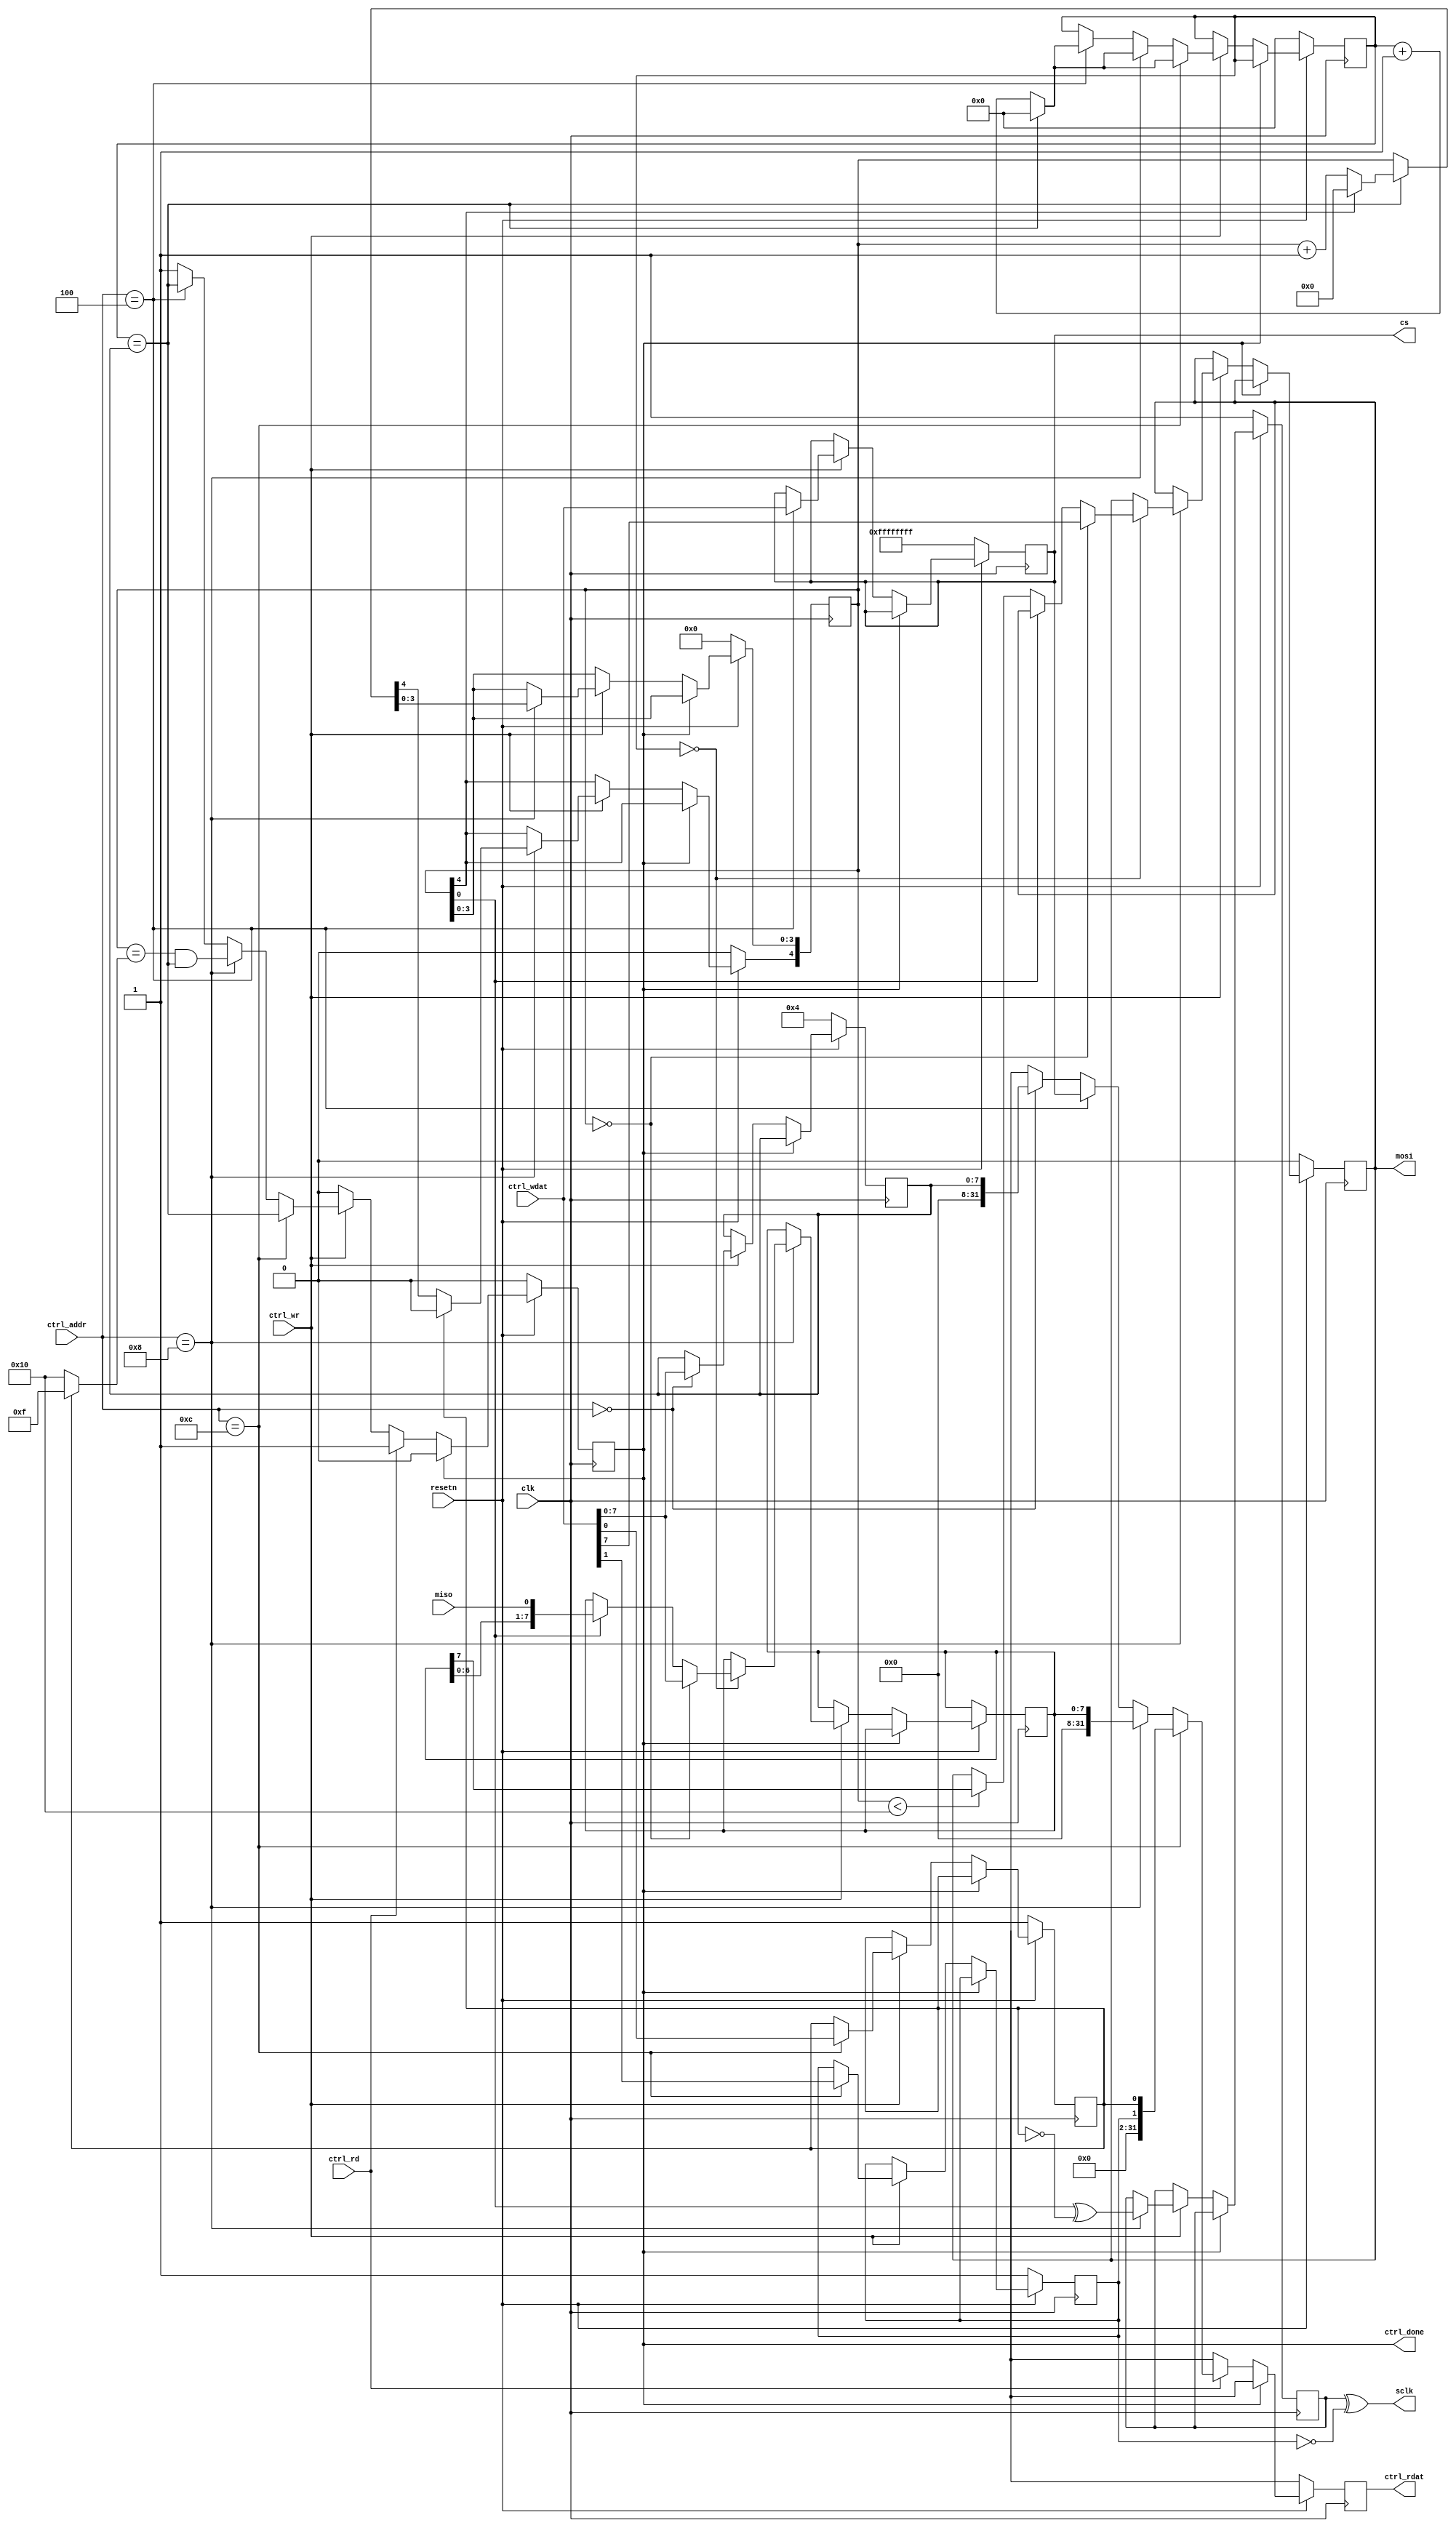
module spi_11 #(
	parameter integer CLOCK_FREQ_HZ = 0,
	parameter integer CS_LENGTH = 32
) (
	input clk,
	input resetn,
	input ctrl_wr,
	input ctrl_rd,
	input [ 7:0] ctrl_addr,
	input [31:0] ctrl_wdat,
	output reg [31:0] ctrl_rdat,
	output reg ctrl_done,
	output [CS_LENGTH-1:0] cs,
   output mosi,
   input miso,
   output sclk
);
	wire spi_miso;
	reg spi_mosi, spi_sclk;
	reg [CS_LENGTH-1:0] spi_cs;
	reg mode_cpol;
	reg mode_cpha;
	reg [7:0] prescale_cnt;
	reg [7:0] prescale_cfg;
	reg [7:0] spi_data;
	reg [4:0] spi_state;
        assign sclk = spi_sclk ^ ~mode_cpol;
        assign cs = spi_cs;
        assign spi_miso = miso;
		  assign mosi = spi_mosi;
	always @(posedge clk) begin
		ctrl_rdat <= 'bx;
		ctrl_done <= 0;
		if (!resetn) begin
			spi_mosi <= 0;
			spi_sclk <= 1;
			spi_cs <= ~0;
			mode_cpol <= 1;
			mode_cpha <= 1;
			prescale_cnt <= 0;
			prescale_cfg <= 4;
			spi_state <= 0;
		end else
		if (!ctrl_done) begin
			if (ctrl_wr) begin
				ctrl_done <= 1;
				if (ctrl_addr == 'h00) prescale_cfg <= ctrl_wdat;
				if (ctrl_addr == 'h04) begin
					spi_cs <= ctrl_wdat;
					ctrl_done <= prescale_cnt == prescale_cfg;
					prescale_cnt <= prescale_cnt == prescale_cfg ? 0 : prescale_cnt + 1;
				end
				if (ctrl_addr == 'h08) begin
					if (!prescale_cnt) begin
						if (spi_state == 0) begin
							spi_data <= ctrl_wdat;
							spi_mosi <= ctrl_wdat[7];
						end else begin
							if (spi_state[0])
								spi_data <= {spi_data, spi_miso};
							else if (spi_state < 16)
								spi_mosi <= spi_data[7];
						end
					end
					spi_sclk <= spi_state[0] ^ ~mode_cpha;
					ctrl_done <= spi_state == (mode_cpha ? 15 : 16) && prescale_cnt == prescale_cfg;
					spi_state <= prescale_cnt == prescale_cfg ? (spi_state[4] ? 0 : spi_state + 1) : spi_state;
					if (mode_cpha) spi_state[4] <= 0;
					prescale_cnt <= prescale_cnt == prescale_cfg ? 0 : prescale_cnt + 1;
				end
				if (ctrl_addr == 'h0c) begin
					{mode_cpol, mode_cpha} <= ctrl_wdat;
					ctrl_done <= prescale_cnt == prescale_cfg;
					prescale_cnt <= prescale_cnt == prescale_cfg ? 0 : prescale_cnt + 1;
				end
			end
			if (ctrl_rd) begin
				ctrl_done <= 1;
				if (ctrl_addr == 'h00) ctrl_rdat <= prescale_cfg;
				if (ctrl_addr == 'h04) ctrl_rdat <= spi_cs;
				if (ctrl_addr == 'h08) ctrl_rdat <= spi_data;
				if (ctrl_addr == 'h0c) ctrl_rdat <= {mode_cpol, mode_cpha};
			end
		end
	end
endmodule